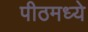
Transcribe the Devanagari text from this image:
पीठमध्ये